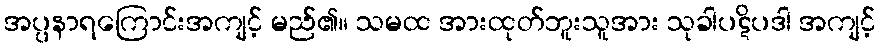
အပ္ပနာရကြောင်းအကျင့် မည်၏။ သမထ အားထုတ်ဘူးသူအား သုခါပဋိပဒါ အကျင့်